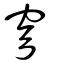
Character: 穹